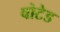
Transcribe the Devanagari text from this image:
वोटेड